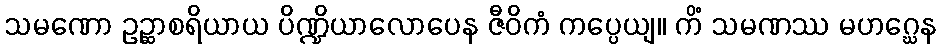
သမဏော ဥဉ္ဆာစရိယာယ ပိဏ္ဍိယာလောပေန ဇီဝိကံ ကပ္ပေယျ။ ကိံ သမဏဿ မဟဂ္ဃေန